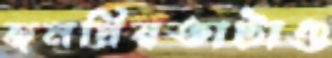
জনপ্রিয়তাটাও